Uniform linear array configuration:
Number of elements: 4
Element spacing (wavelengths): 0.75
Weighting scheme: binomial
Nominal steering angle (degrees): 30
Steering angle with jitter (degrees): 28.256
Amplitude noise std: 0.05
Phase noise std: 0.05

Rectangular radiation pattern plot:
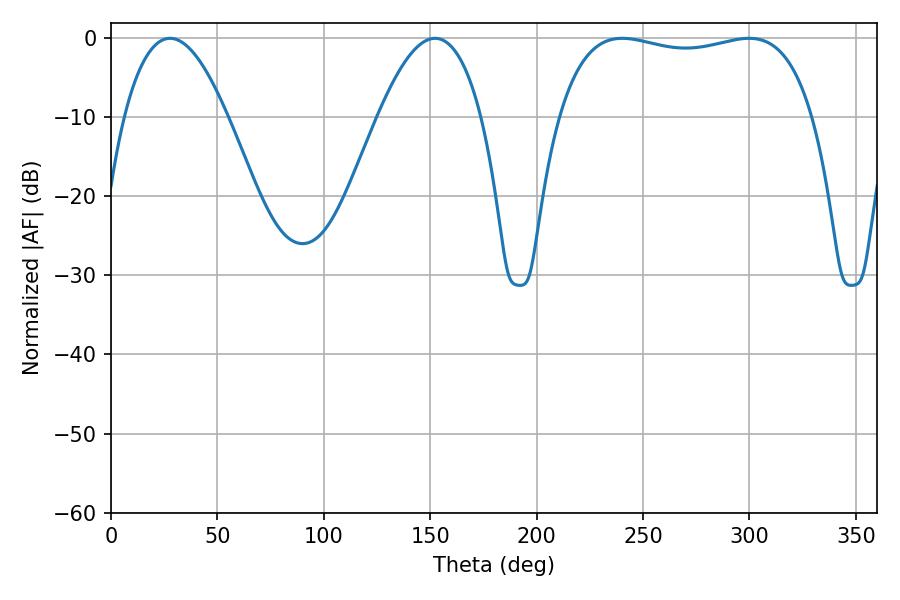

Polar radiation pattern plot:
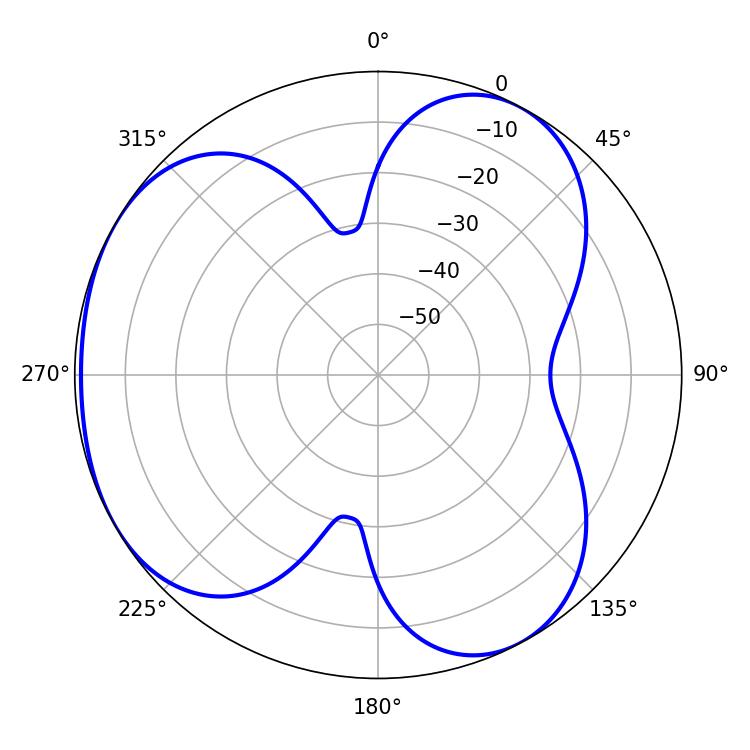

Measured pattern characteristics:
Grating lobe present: TRUE
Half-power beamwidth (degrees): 26.64
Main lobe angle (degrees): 27.72